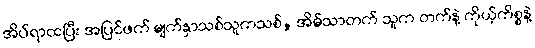
အိပ်ရာထပြီး အပြင်ဖက် မျက်နှာသစ်သူကသစ်, အိမ်သာတက် သူက တက်နဲ့ ကိုယ့်ကိစ္စနဲ့